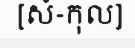
[សំ-កុល]